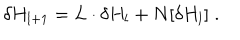
LaTeX: \delta H _ { l + 1 } = L \cdot \delta H _ { l } + N [ \delta H _ { l } ] \; .